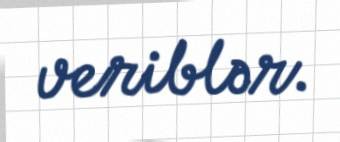
veriblər.